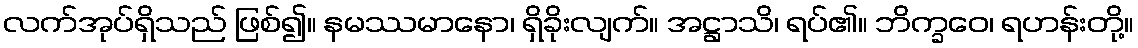
လက်အုပ်ရှိသည် ဖြစ်၍။ နမဿမာနော၊ ရှိခိုးလျက်။ အဋ္ဌာသိ၊ ရပ်၏။ ဘိက္ခဝေ၊ ရဟန်းတို့။